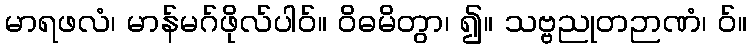
မာရဖလံ၊ မာန်မဂ်ဖိုလ်ပါဝ်။ ဝိဓမိတွာ၊ ၍။ သဗ္ဗညုတဉာဏံ၊ ဝ်။